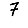
Digit: 7